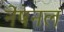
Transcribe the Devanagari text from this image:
नेषनल